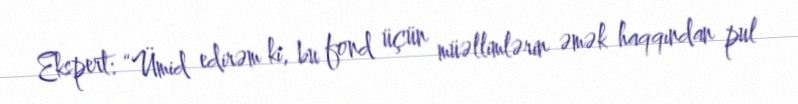
Ekspert: “Ümid edirəm ki, bu fond üçün müəllimlərin əmək haqqından pul